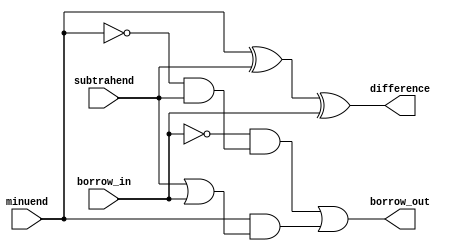
module full_subtractor(
    input minuend,
    input subtrahend,
    input borrow_in,
    output reg difference,
    output reg borrow_out
);

reg diff_bit_1, diff_bit_2;

assign diff_bit_1 = minuend ^ subtrahend;
assign difference = diff_bit_1 ^ borrow_in;
assign diff_bit_2 = ~(minuend) & subtrahend;
assign borrow_out = ~borrow_in & diff_bit_2 | minuend & (subtrahend | borrow_in);

endmodule